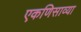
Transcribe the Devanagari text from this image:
एकणिसाव्या